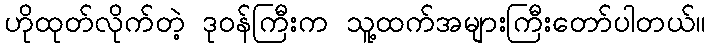
ဟိုထုတ်လိုက်တဲ့ ဒုဝန်ကြီးက သူ့ထက်အများကြီးတော်ပါတယ်။